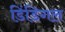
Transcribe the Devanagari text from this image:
डिंडिगल